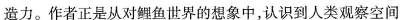
造力。作者正是从对鲤鱼世界的想象中，认识到人类观察空间